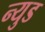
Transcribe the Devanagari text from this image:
न्युड